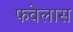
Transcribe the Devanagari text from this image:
फवेलास